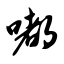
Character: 嘟